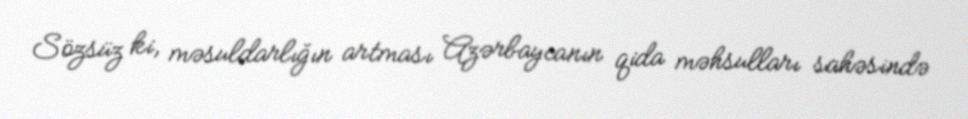
Sözsüz ki, məsuldarlığın artması Azərbaycanın qida məhsulları sahəsində